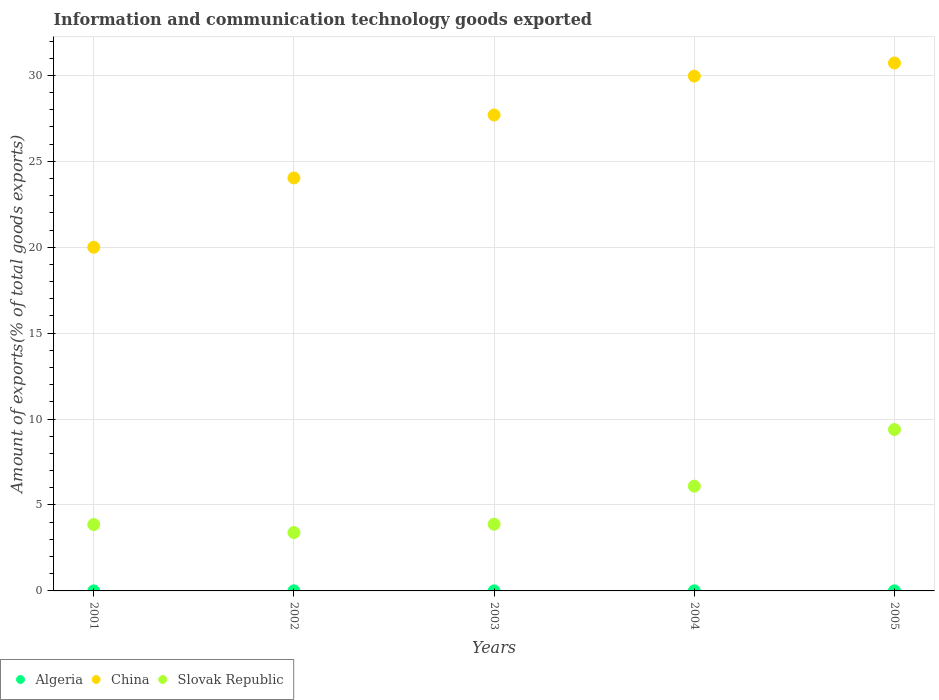
| Years | Algeria | China | Slovak Republic |
 | --- | --- | --- | --- |
 | 2001 | 0.00115 | 20 | 3.86 |
 | 2002 | 0.0069 | 24 | 3.4 |
 | 2003 | 0.00282 | 27.7 | 3.88 |
 | 2004 | 0.00586 | 30 | 6.09 |
 | 2005 | 0.00545 | 30.7 | 9.39 |